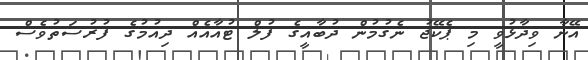
އޭނާ ވިދާޅުވީ މި ޕެކޭޖު ނެގުމުން ދުބާއީގެ ފުލް ޓުއާއެއް ދިއުމުގެ ފުރުސަތުވެސް